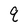
Character: q